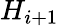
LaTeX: H_{i+1}